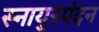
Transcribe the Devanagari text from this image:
स्नायुस्पंदन